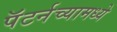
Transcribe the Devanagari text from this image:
पॅटर्नच्यामध्ये